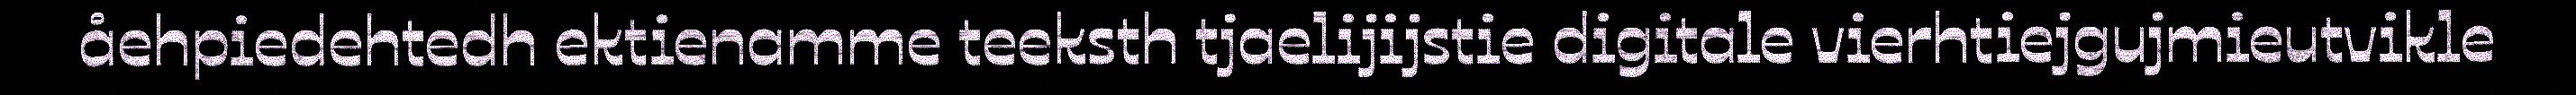
åehpiedehtedh ektienamme teeksth tjaelijijstie digitale vierhtiejgujmieutvikle